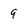
Character: 9